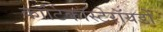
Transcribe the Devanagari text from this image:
कॉर्टिकॉस्टेरॉयडों